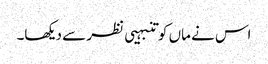
اس نے ماں کو تنبہیی نظر سے دیکھا۔